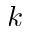
k